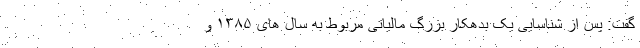
گفت: پس از شناسایی یک بدهکار بزرگ مالیاتی مربوط به سال های ۱۳۸۵ و